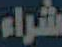
شراء